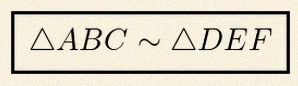
\triangle ABC\sim\triangle DEF